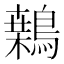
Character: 𪄐